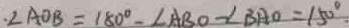
. \angle A O B = 1 8 0 ^ { \circ } - \angle A B O - \angle B A O = 1 5 0 ^ { \circ } .